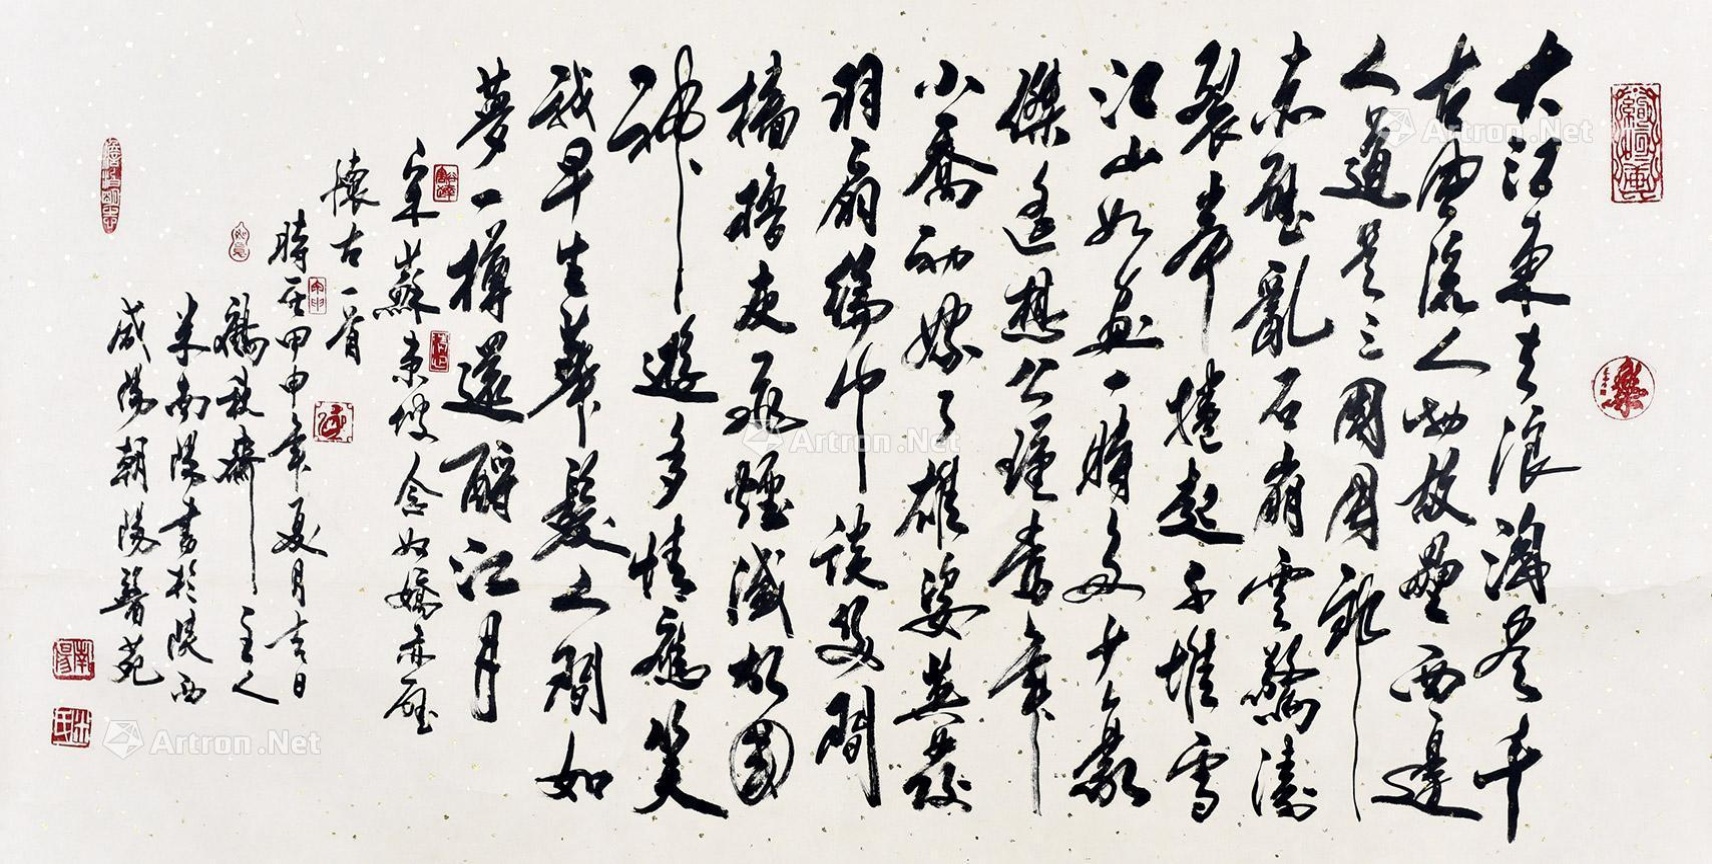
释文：大江东去，浪淘尽，千古风流人物。故垒西边，人道是，三国周郎赤壁。乱石崩云，惊涛裂岸，卷起千堆雪。江山如画，一时多少豪杰。遥想公瑾当年，小乔初嫁了，雄姿英发。羽扇纶巾，谈笑间，樯橹灰飞烟灭。故国神游，多情应笑我，早生华发。人间如梦，一尊还酹江月。宋苏东坡念奴娇赤壁怀古一首。时在甲申年夏月吉日，鹤秋斋主人米南阳书扵陕西咸阳朝阳医苑。